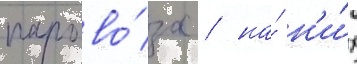
парово́за / на́ н'и́х